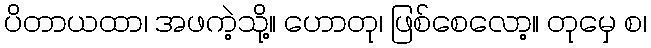
ပိတာယထာ၊ အဖကဲ့သို့။ ဟောတု၊ ဖြစ်စေလော့။ တုမှေ စ၊